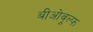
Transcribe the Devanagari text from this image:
बीओवूल्फ